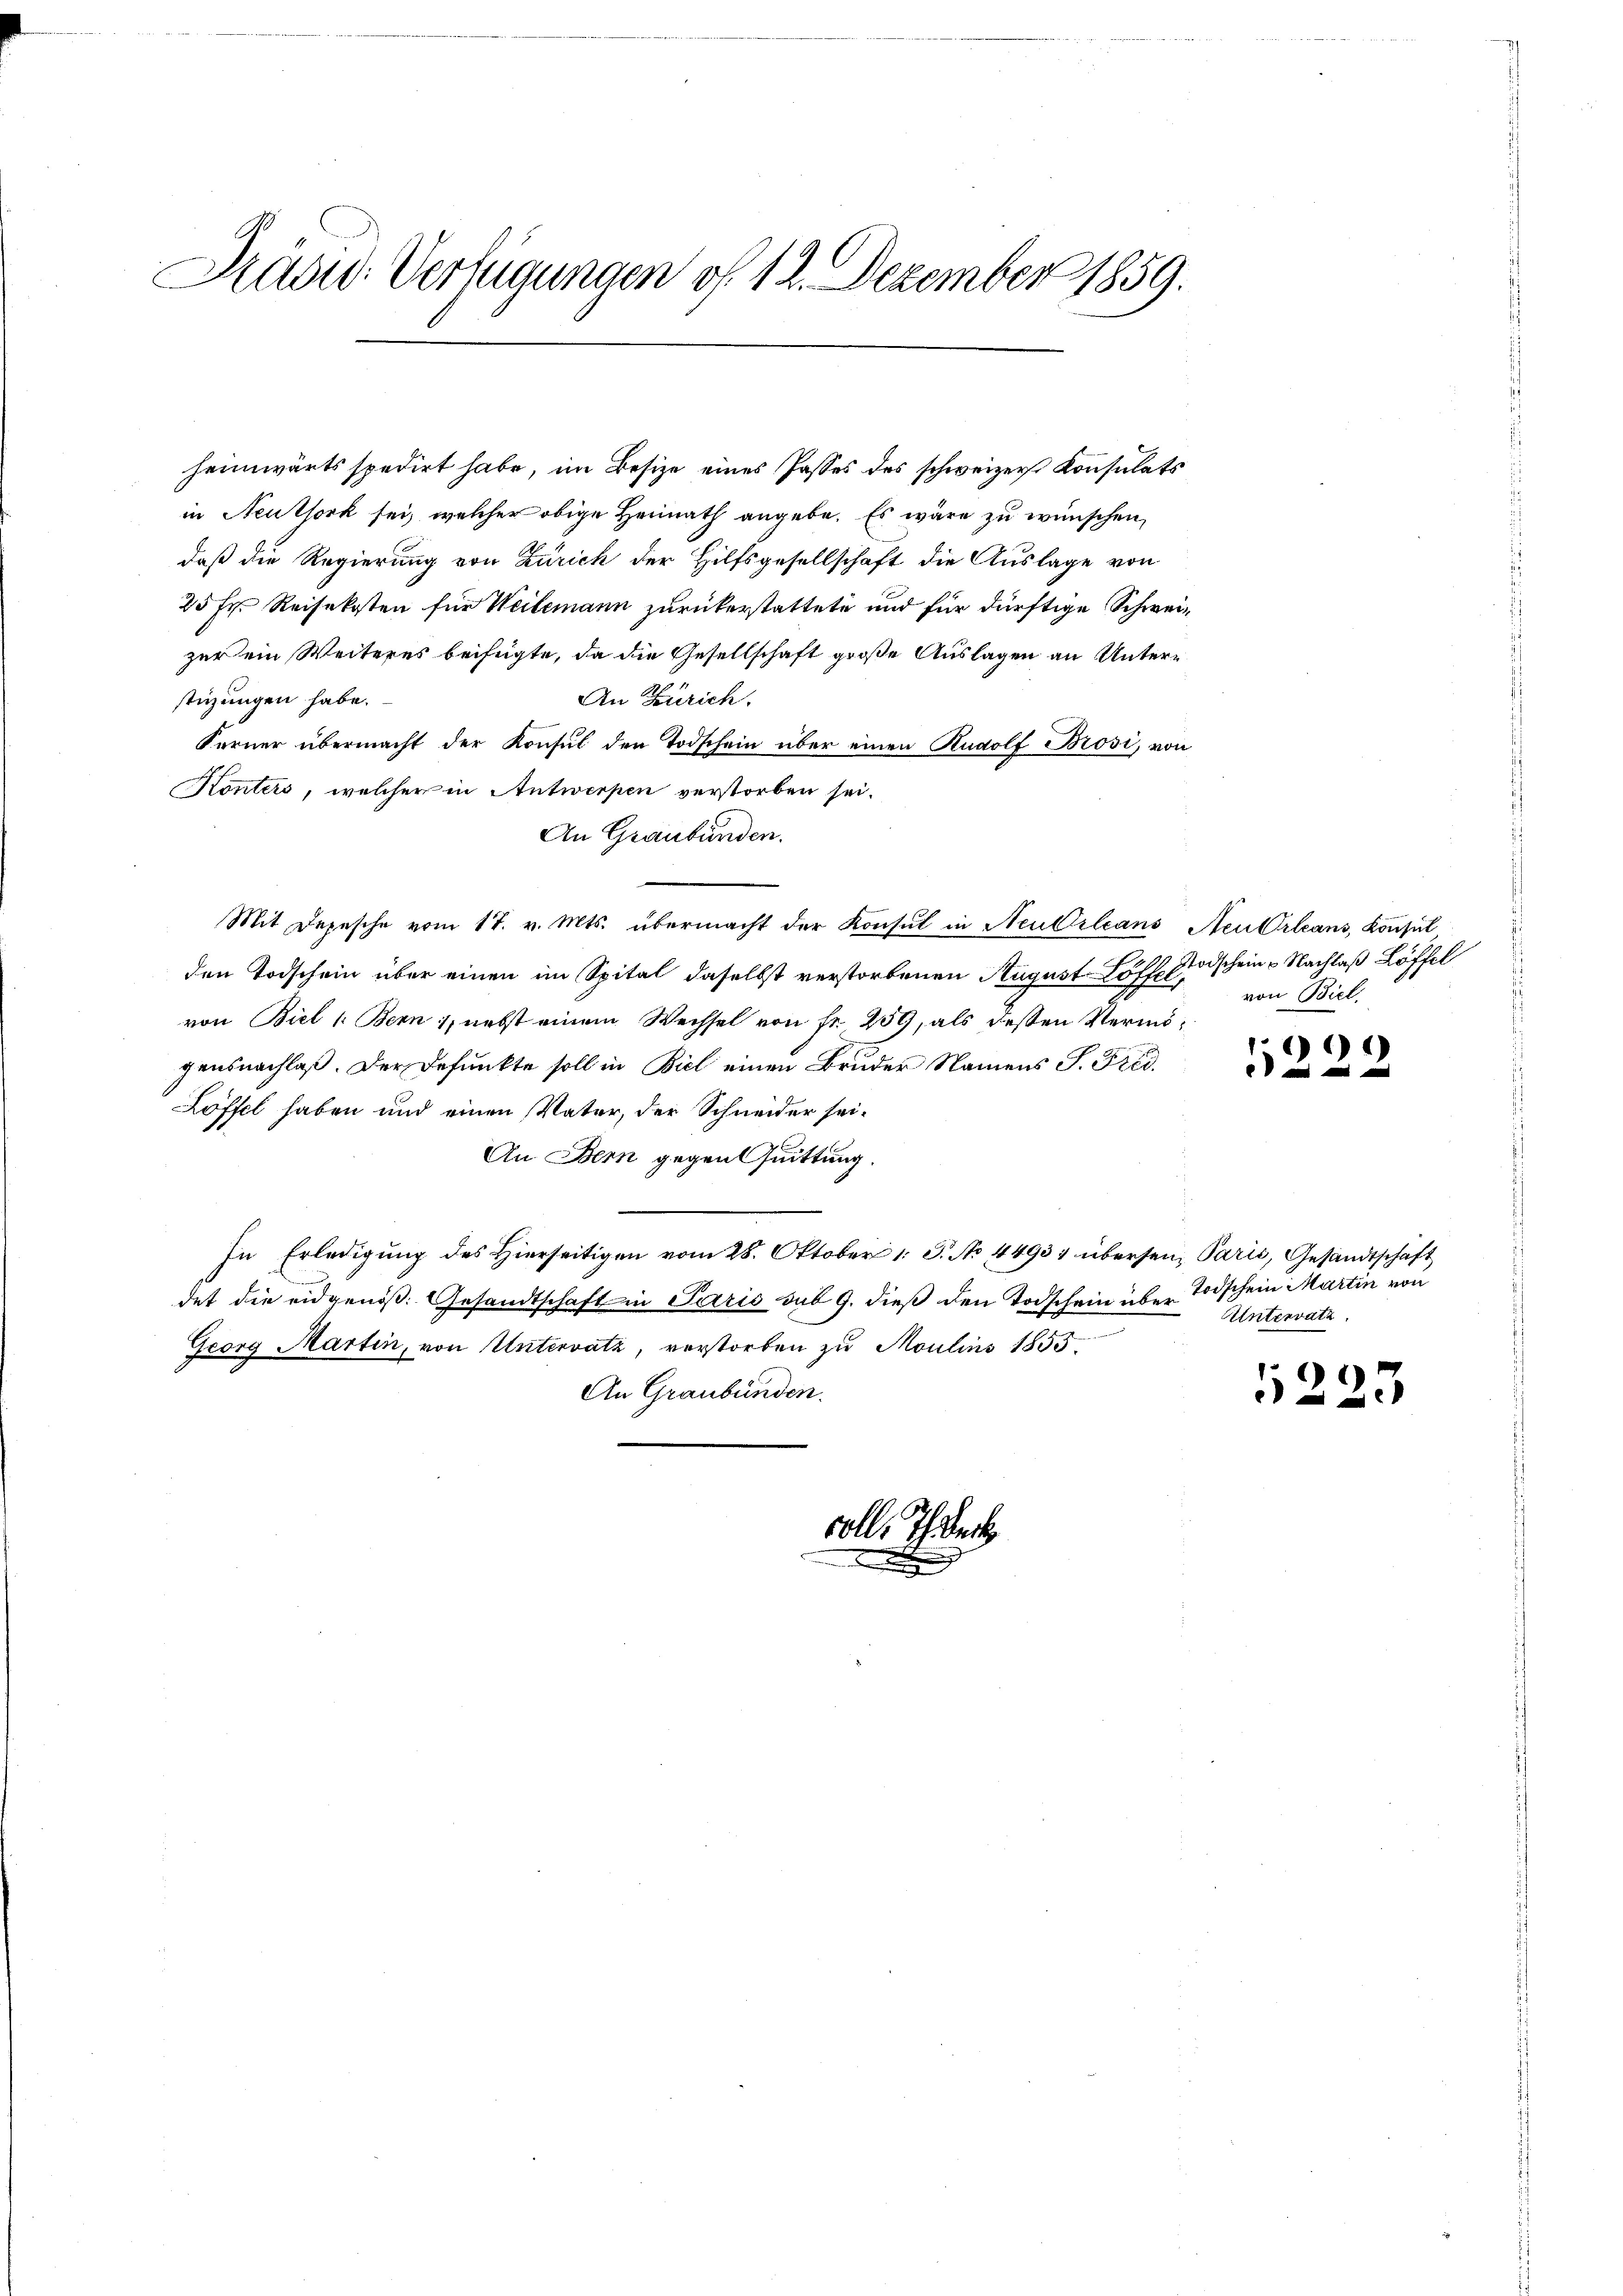
Präsid. Verfügungen of 12. Dezember 1859.

heimwärts spedirt habe, im Besize eines Passes des schweizer Konsulats
in Neuthork sei, welcher obige Heimath angebe. Es wäre zu wünschen,
daß die Regierung von Zürich der Hilfsgesellschaft die Auslage von
25 fr. Reisekosten für Weilemann zurückerstattete und für dürftige Schweizer ein Weiteres beifügte, da die Gesellschaft große Auslagen an Unterstüzungen habe.
An Zürich.
Ferner übermacht der Konsul den Todschein über einen Rudolf Brosi, von
Konters, welcher in Antwerpen verstorben sei.
An Graubünden.
Mit Depesche vom 17. v. Mts. übermacht der Konsul in Neubileans Neukrleans, Konsul,
den Todschein über einen im Spital daselbst verstorbenen August Löff Todschein = Nachlaß Löffel
von Biel 1: Bern 1, nebst einem Wechsel von fr. 259, als dessen Vermögensnachlaß. Der Defunkte soll in Biel einen Bruder Namens J. Frid.
Löffel haben und einen Vater, der Schneider sei¬
An Bern gegen Quittung.
In Erledigung des hierseitigen vom 28. Oktober 1 S. No. 44937 übersein Paris, Gesandtschäft
det die eidgenoß. Gesandtschaft in Paris sub 9. dieß den Todschein über Todschein Martin von
Georg Martin, von Untervatz, verstorben zu Moulins 1855
An Graubünden.

colle Theur
e

von Biel.

91)
e

Untervatz.

1223